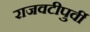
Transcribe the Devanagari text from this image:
राजवटीपुर्वी